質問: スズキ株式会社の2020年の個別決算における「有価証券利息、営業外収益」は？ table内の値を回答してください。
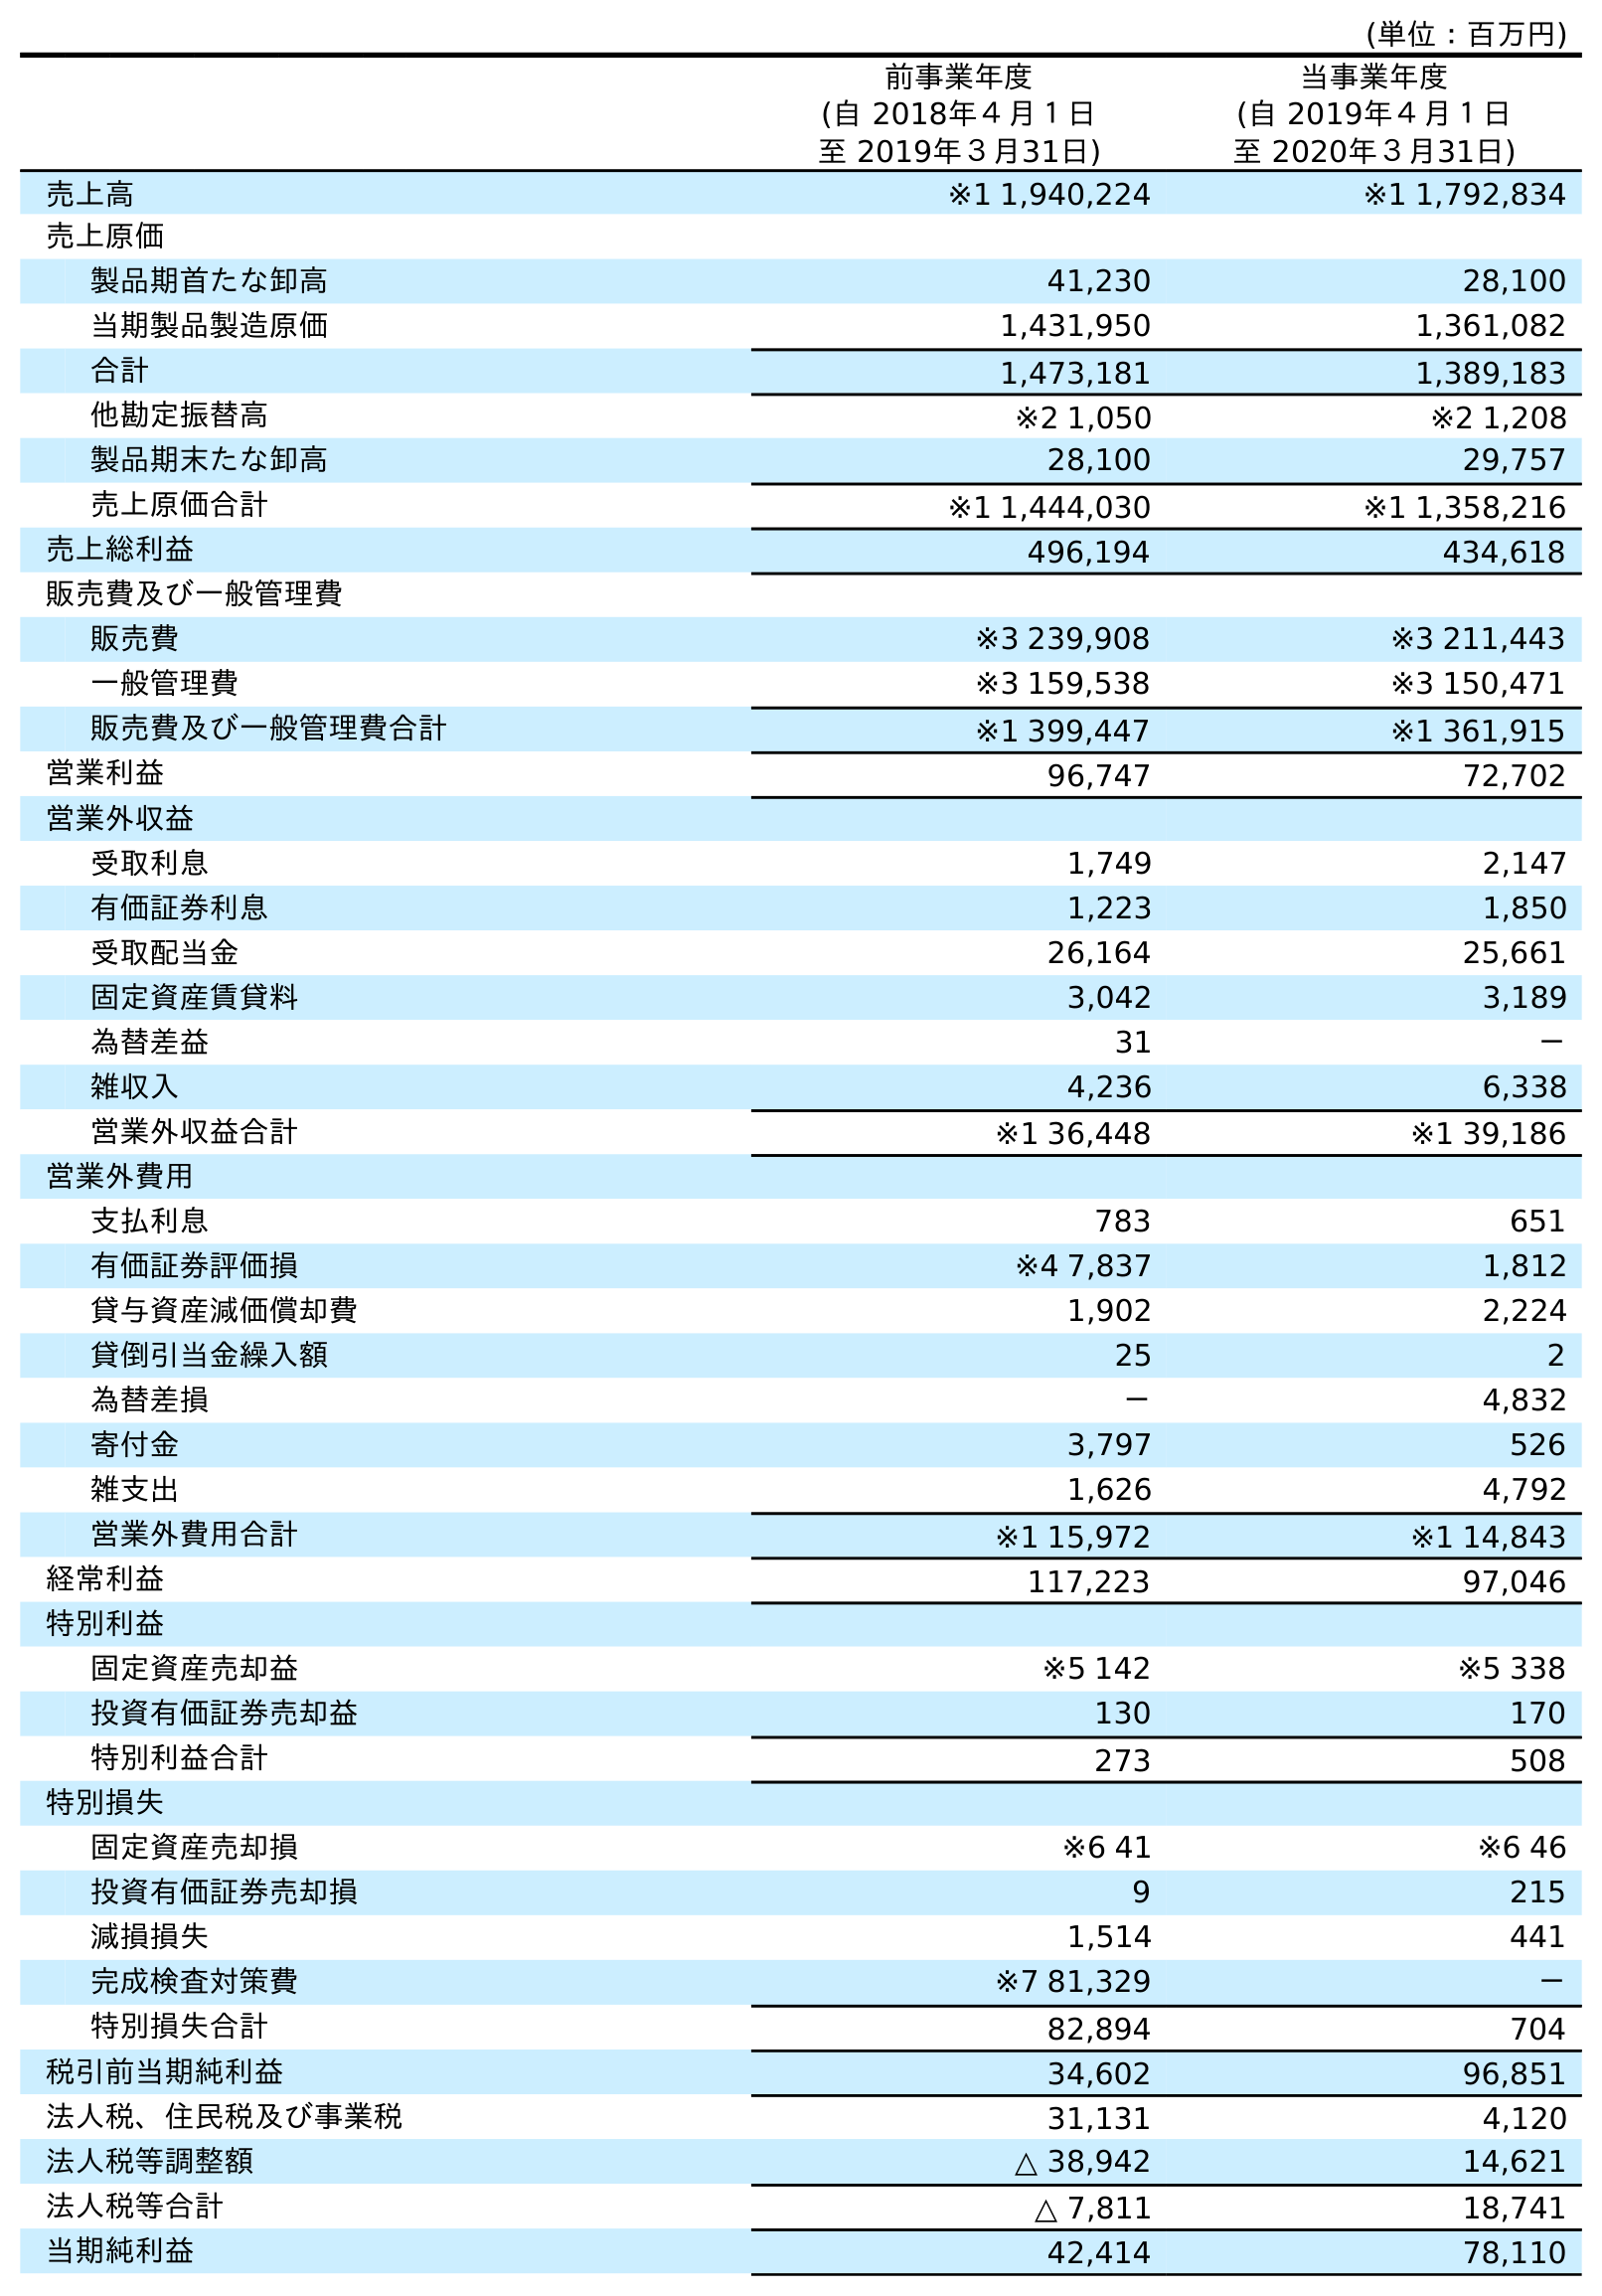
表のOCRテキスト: (単位：百万円) 前事業年度 (自 2018年４月１日 至 2019年３月31日) 当事業年度 (自 2019年４月１日 至 2020年３月31日) 売上高 ※1 1,940,224 ※1 1,792,834 売上原価 製品期首たな卸高 41,230 28,100 当期製品製造原価 1,431,950 1,361,082 合計 1,473,181 1,389,183 他勘定振替高 ※2 1,050 ※2 1,208 製品期末たな卸高 28,100 29,757 売上原価合計 ※1 1,444,030 ※1 1,358,216 売上総利益 496,194 434,618 販売費及び一般管理費 販売費 ※3 239,908 ※3 211,443 一般管理費 ※3 159,538 ※3 150,471 販売費及び一般管理費合計 ※1 399,447 ※1 361,915 営業利益 96,747 72,702 営業外収益 受取利息 1,749 2,147 有価証券利息 1,223 1,850 受取配当金 26,164 25,661 固定資産賃貸料 3,042 3,189 為替差益 31 － 雑収入 4,236 6,338 営業外収益合計 ※1 36,448 ※1 39,186 営業外費用 支払利息 783 651 有価証券評価損 ※4 7,837 1,812 貸与資産減価償却費 1,902 2,224 貸倒引当金繰入額 25 2 為替差損 － 4,832 寄付金 3,797 526 雑支出 1,626 4,792 営業外費用合計 ※1 15,972 ※1 14,843 経常利益 117,223 97,046 特別利益 固定資産売却益 ※5 142 ※5 338 投資有価証券売却益 130 170 特別利益合計 273 508 特別損失 固定資産売却損 ※6 41 ※6 46 投資有価証券売却損 9 215 減損損失 1,514 441 完成検査対策費 ※7 81,329 － 特別損失合計 82,894 704 税引前当期純利益 34,602 96,851 法人税、住民税及び事業税 31,131 4,120 法人税等調整額 △ 38,942 14,621 法人税等合計 △ 7,811 18,741 当期純利益 42,414 78,110
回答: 1,850